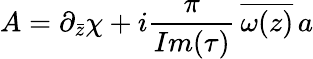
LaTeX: A=\partial_{\bar{z}}\chi+i{\frac{\pi}{Im(\tau)}}\, \overline{{{\omega(z)}}}\, a